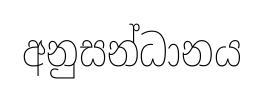
අනුසන්ධානය